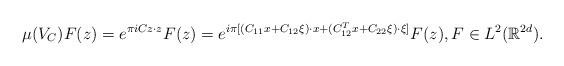
LaTeX: \begin{align*}\mu(V_C)F(z)=e^{\pi i Cz\cdot z}F(z)=e^{i\pi [(C_{11}x+C_{12}\xi)\cdot x+(C_{12}^T x+C_{22}\xi)\cdot \xi]}F(z), F\in L^2(\mathbb{R}^{2d}).\end{align*}